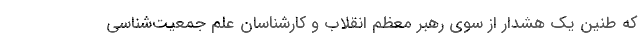
که طنین یک هشدار از سوی رهبر معظم انقلاب و کارشناسان علم جمعیت‌شناسی